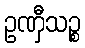
ဥဏှီသဉ္စ